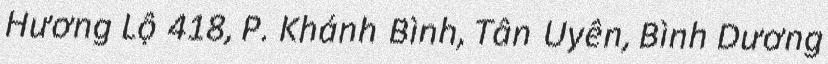
Hương Lộ 418, P. Khánh Bình, Tân Uyên, Bình Dương